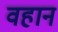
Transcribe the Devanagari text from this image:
वहान